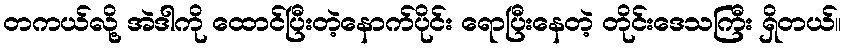
တကယ်လို့ အဲဒါကို ထောင်ပြီးတဲ့နောက်ပိုင်း ရောပြီးနေတဲ့ တိုင်းဒေသကြီး ရှိတယ်။